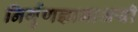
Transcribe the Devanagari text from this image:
निर्गुणज्ञानाश्रयी